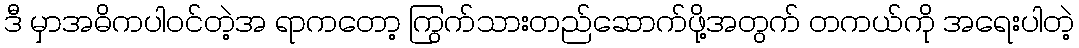
ဒီ မှာအဓိကပါဝင်တဲ့အ ရာကတော့ ကြွက်သားတည်ဆောက်ဖို့အတွက် တကယ်ကို အရေးပါတဲ့